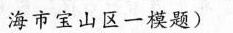
海市宝山区一模题)